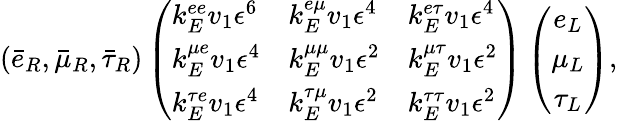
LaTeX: (\bar{e}_{R},\bar{\mu}_{R},\bar{\tau}_{R})\left(\begin{array}{lll}{{k_{E}^{ee}v_{1}\epsilon^{6}}}&{{k_{E}^{e\mu}v_{1}\epsilon^{4}}}&{{k_{E}^{e\tau}v_{1}\epsilon^{4}}}\\ {{k_{E}^{\mu e}v_{1}\epsilon^{4}}}&{{k_{E}^{\mu\mu}v_{1}\epsilon^{2}}}&{{k_{E}^{\mu\tau}v_{1}\epsilon^{2}}}\\ {{k_{E}^{\tau e}v_{1}\epsilon^{4}}}&{{k_{E}^{\tau\mu}v_{1}\epsilon^{2}}}&{{k_{E}^{\tau\tau}v_{1}\epsilon^{2}}}\end{array}\right)\left(\begin{array}{c}{{e_{L}}}\\ {{\mu_{L}}}\\ {{\tau_{L}}}\end{array}\right),